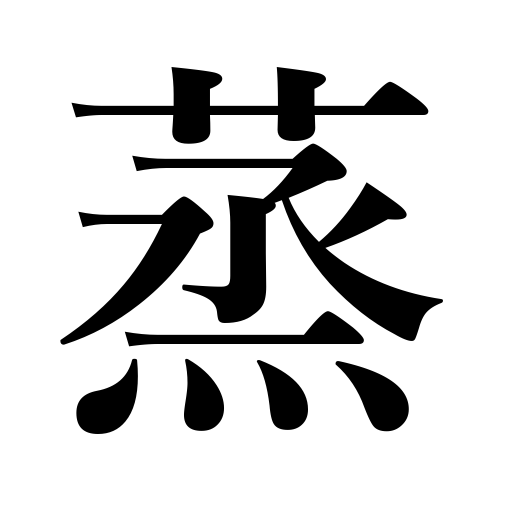
Meanings: cook by steam,steam,be stuffy,moulder,foment,be sultry,be close,poultice,heat up with steam,heat,get musty